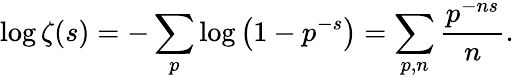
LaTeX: \log\zeta(s)=-\sum_{p}\log\left(1-p^{-s}\right)=\sum_{p,n}{\frac{p^{-ns}}{n}}.